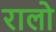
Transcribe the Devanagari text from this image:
रालो